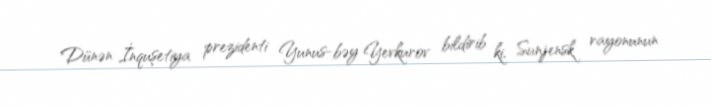
Dünən İnquşetiya prezidenti Yunus-bəy Yevkurov bildirib ki, Sunjensk rayonunun